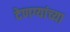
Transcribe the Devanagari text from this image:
देणग्यांच्या